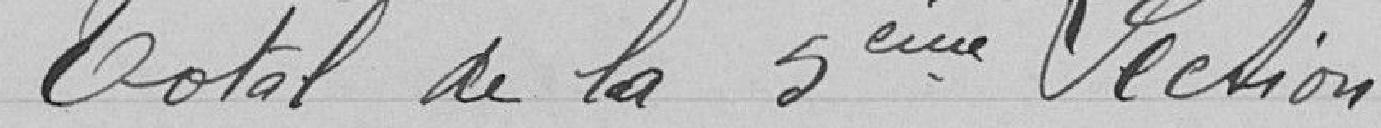
Total de la 5ème Section